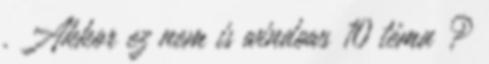
. Akkor ez nem is windows 10 téma ?